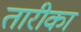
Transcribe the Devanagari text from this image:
तारीका